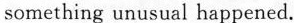
something unusual happened.